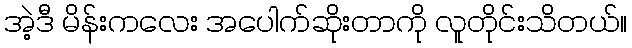
အဲ့ဒီ မိန်းကလေး အပေါက်ဆိုးတာကို လူတိုင်းသိတယ်။